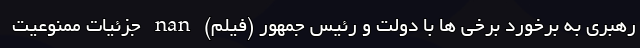
رهبری به برخورد برخی ها با دولت و رئیس جمهور (فیلم) nan جزئیات ممنوعیت